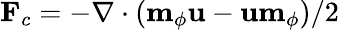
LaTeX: \mathbf{F}_{c}=-\nabla\cdot\left(\mathbf{m}_{\phi}\mathbf{u}-\mathbf{u}\mathbf{m}_{\phi}\right)/2